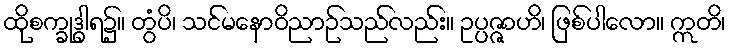
ထိုစက္ခုဒွါရ၌။ တွံပိ၊ သင်မနောဝိညာဉ်သည်လည်း။ ဥပ္ပဇ္ဇာဟိ၊ ဖြစ်ပါလော။ ဣတိ၊